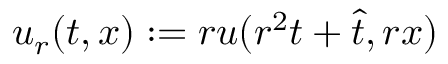
u _ { r } ( t , x ) : = r u ( r ^ { 2 } t + \hat { t } , r x )